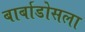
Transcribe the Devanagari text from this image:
बार्बाडोसला